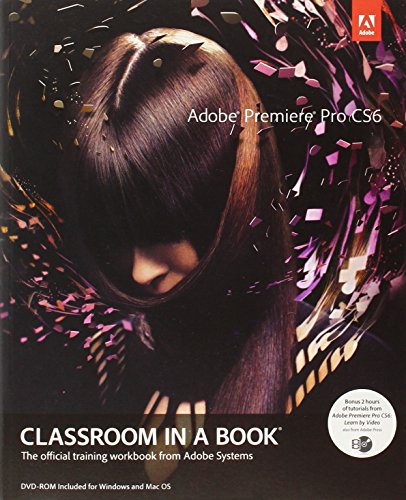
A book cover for Adobe Premiere Pro CS6 Classroom in a Book; Adobe Creative Team; Computers & Technology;